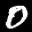
Label: 0